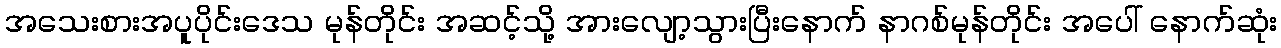
အသေးစားအပူပိုင်းဒေသ မုန်တိုင်း အဆင့်သို့ အားလျော့သွားပြီးနောက် နာဂစ်မုန်တိုင်း အပေါ် နောက်ဆုံး